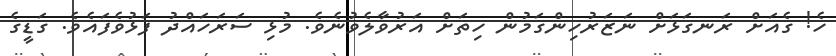
ހެ! ގެއަށް ރަނގަޅަށް ނަޒަރުހިންގަމުން ހިތަށް އަރުވާލެވުނެވެ. މުޅި ސަރަހައްދު ފަޅުވެފައެވެ. ގަޑީގެ